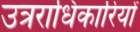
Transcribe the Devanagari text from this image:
उत्रराधिकारियों